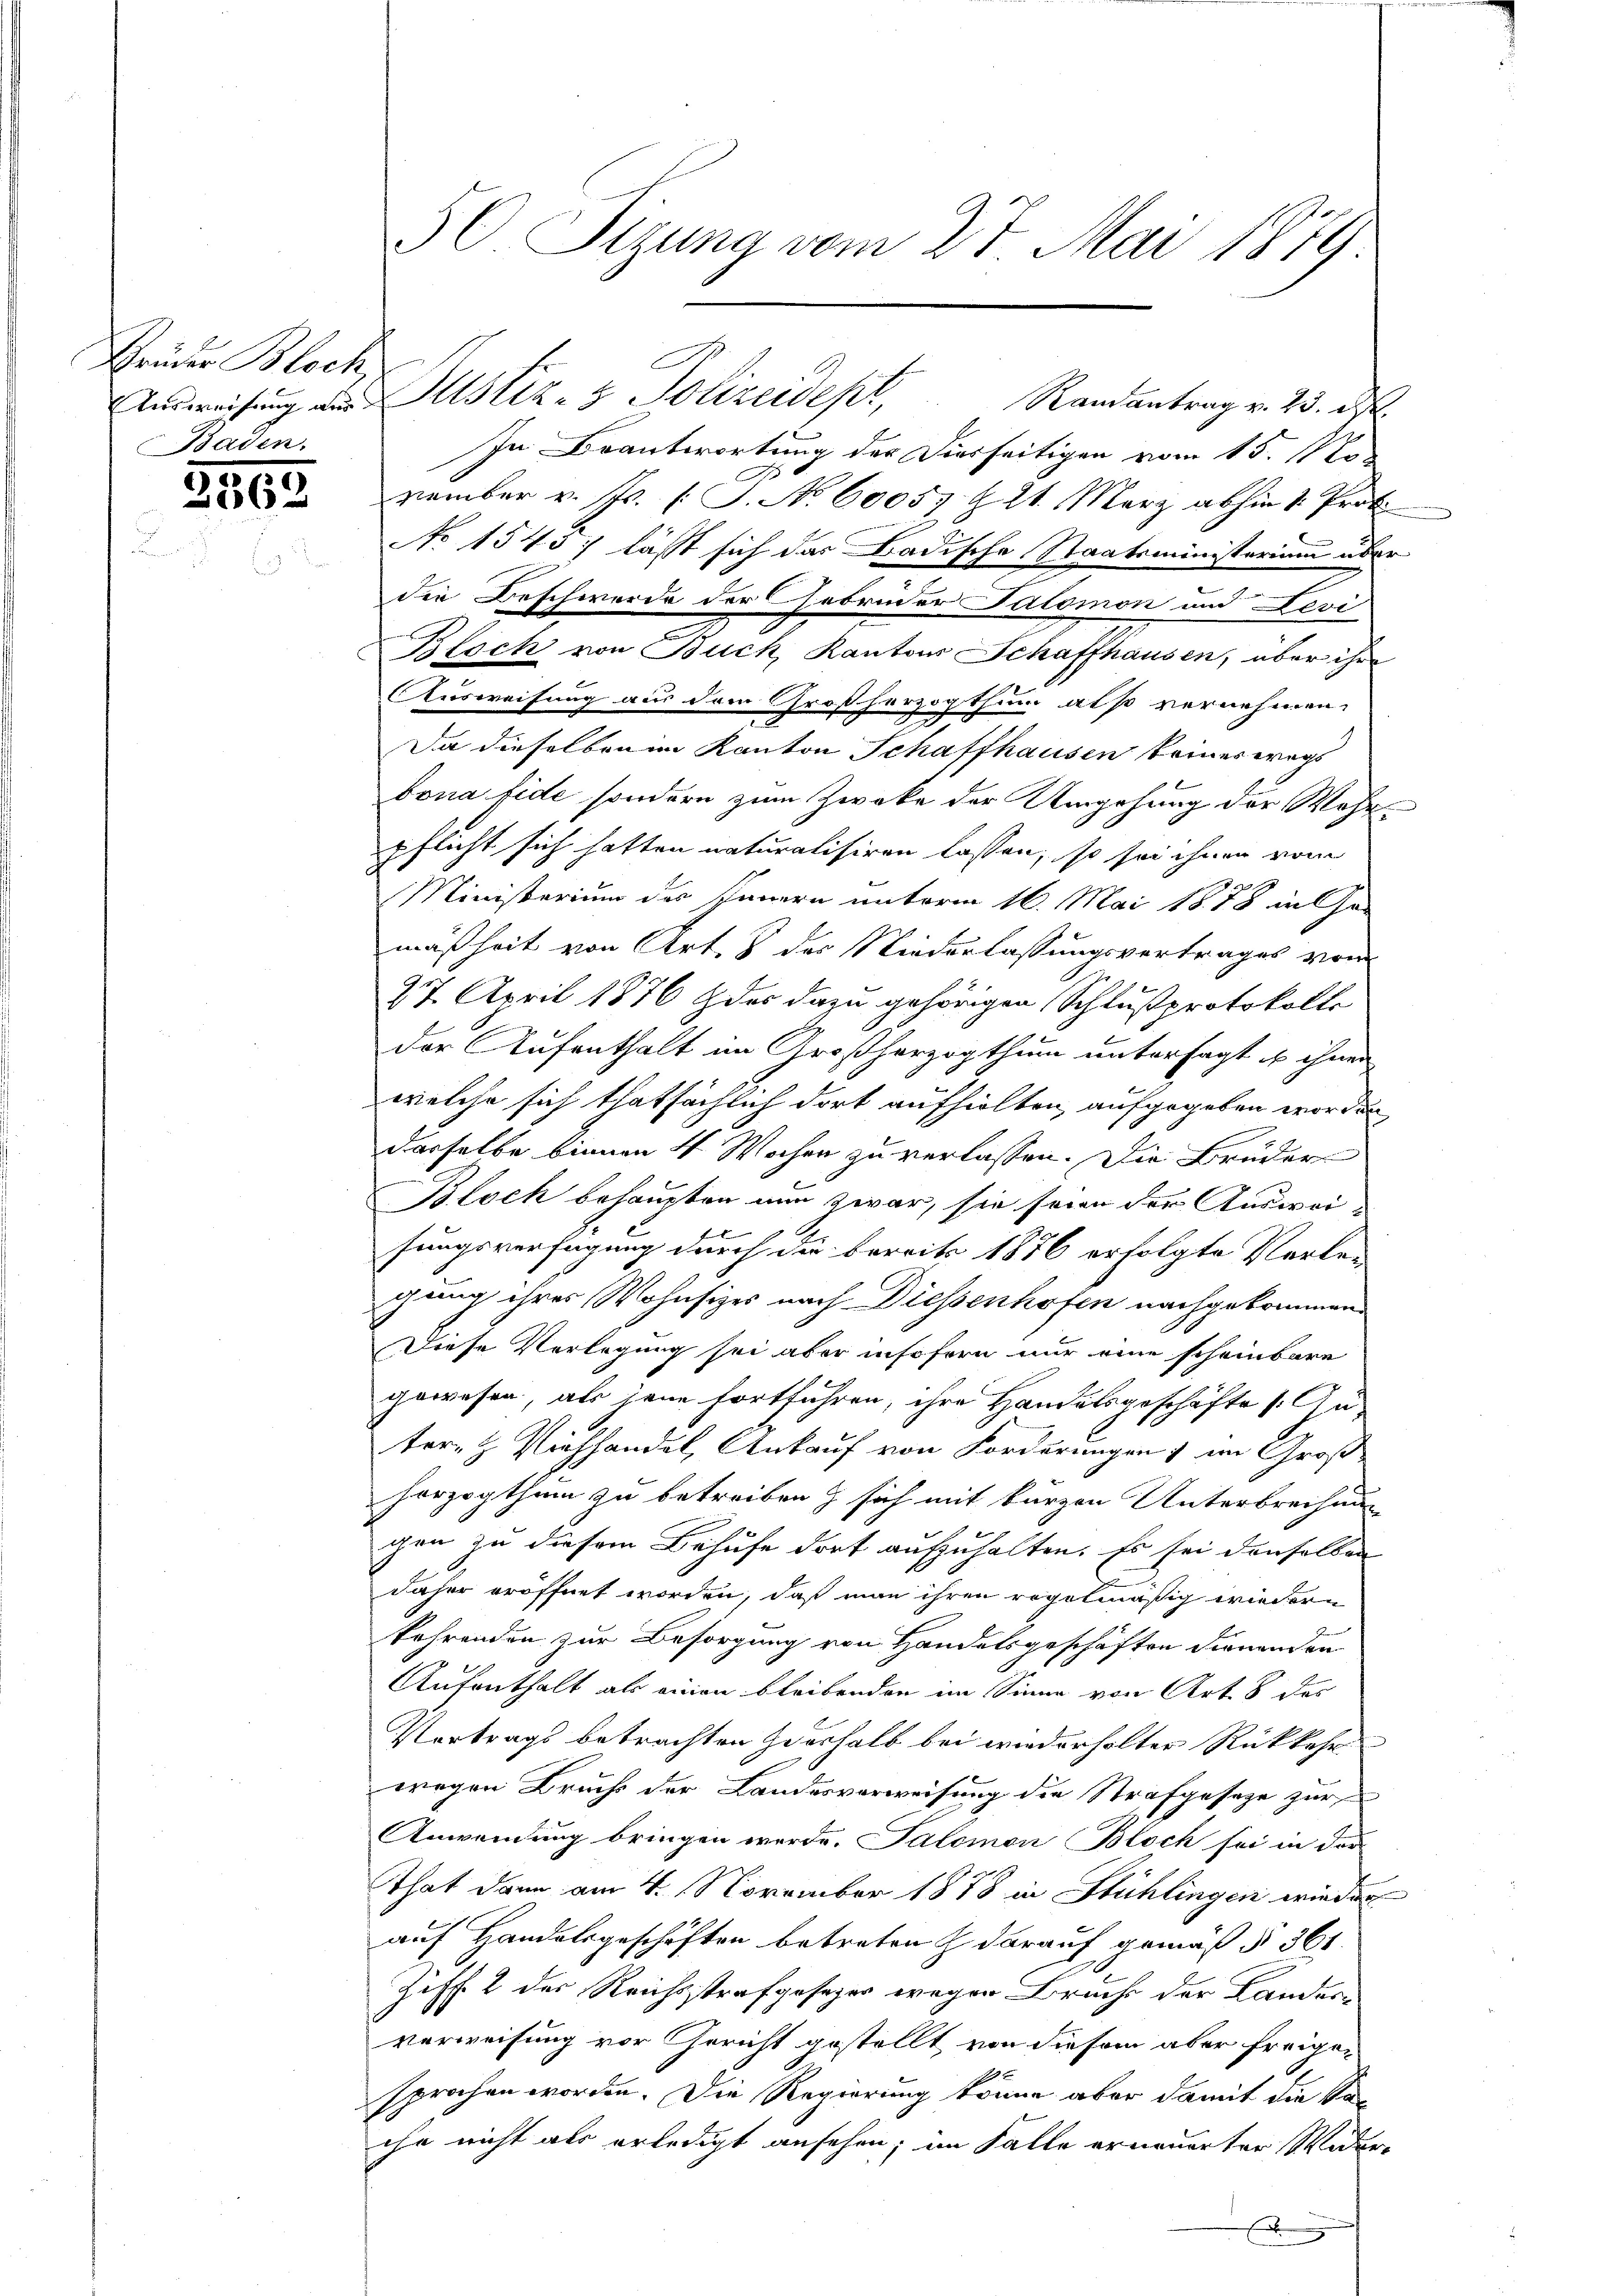
Grüder Bloch,
Baden.

2563

50. Sizung vom 27. Mai 1879.

Ausweisung aus Astiz- & Polizeidept, Randantrag v. 23. ds.

In Beantwortung der Diesseitigen vom 15. No
vember v. Js. [S. No. 60057 § 21. März abhin 1. Prot
No 1545) lässt sich das Badische Staatsministerium über
die Beschwerde der Gebrüder Salomon und Levi
Bloch von Buck, Kantons Schaffhausen, über ihre
Ausweisung aus dem Großherzogthum also vernehmen.
Da dieselben im Kanton Schaffhausen keineswegs
bona fide sondern zum Zwecke der Umgehung der Wahrpflicht sich hatten naturalisiren lassen, so sei ihnen vom
Ministerium des Innern unterm 16. Mai 1878 in Ge-
mäßheit von Art. 8 der Niederlassungsvertrages von
27. April 1876 der dazu gehörigen Schlußprotokolls
der Aufenthalt im Großherzogthum untersagt es ihnen
welche sich thatsächlich dort aufhielten, aufgegeben worden
derselbe binnen 4 Wochen zu verlassen. Die Brüder
Bloch behaupten nun zwar, sie seien der Auswei-
.
sungsverfügung durch die bereits 1876 erfolgte Vorle-
gung ihres Wohnsitzes nach Diessenhofen nachgekommen
Diese Verlegung sei aber insofern nur eine scheinbare
gewesen, als jene fortführen, ihre Handelsgeschäfte s. Au-
ter- & Viehhandel, Ankauf von Forderungen) im Groß-
horzogthum zu betreiben & sich mit kurzen Unterbrechen-
gen zu diesem Behufe dort aufzuhalten. Es sei denselben
daher eröffnet worden, daß man ihren rogotmäßig wiedern
kohrenden zur Besorgung von Handelsgeschäften dienenden
Aufenthalt als einen bleibenden im Sinne von Art. 8 des
Vortrags betrachten erhalb bei wiederholter Rückkehr
wegen Bruchs der Landesverweisung die Strafgeseze zur
Anwendung bringen werde. Salomon Bloch sei in der
That dann am 4. November 1878 in Stühlingen wieder
auf Handelsgeschäften betreten & darauf gemäß § 361.
Ziff. 2 des Reichsstrafgesezer wegen Bruch der Landers
verweisung vor Gericht gestellt von diesem aber freige¬
E
sprochen worden. Die Regierung könne aber damit die Vor
ihn nicht als erledigt ansehen; im Falle erneuerter Wider¬
F